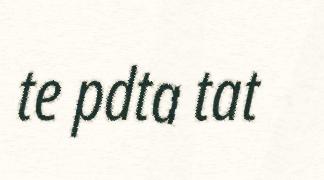
te pdta tat